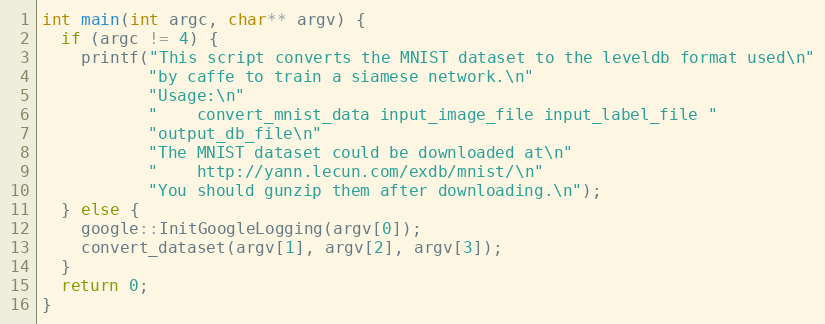
Language: C++
int main(int argc, char** argv) {
  if (argc != 4) {
    printf("This script converts the MNIST dataset to the leveldb format used\n"
           "by caffe to train a siamese network.\n"
           "Usage:\n"
           "    convert_mnist_data input_image_file input_label_file "
           "output_db_file\n"
           "The MNIST dataset could be downloaded at\n"
           "    http://yann.lecun.com/exdb/mnist/\n"
           "You should gunzip them after downloading.\n");
  } else {
    google::InitGoogleLogging(argv[0]);
    convert_dataset(argv[1], argv[2], argv[3]);
  }
  return 0;
}